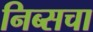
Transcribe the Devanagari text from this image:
निब्सचा